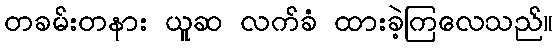
တခမ်းတနား ယူဆ လက်ခံ ထားခဲ့ကြလေသည်။